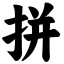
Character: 拼